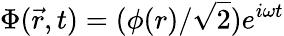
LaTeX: \Phi({\vec{r}},t)=(\phi(r)/{\sqrt{2}})e^{i\omega t}